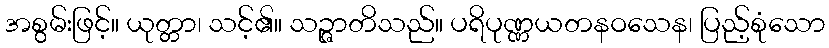
အစွမ်းဖြင့်။ ယုတ္တာ၊ သင့်၏။ သဉ္ဇာတိသည်။ ပရိပုဏ္ဏယတနဝသေန၊ ပြည့်စုံသော